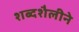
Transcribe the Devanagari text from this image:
शब्दशैलीने